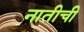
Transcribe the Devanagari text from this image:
नातीची